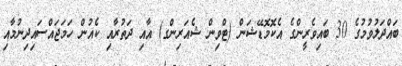
ބައްދަލުވުމުގެ 30 ބައިވެރީންގެ އެކޮމޮޑޭޝަން (ޓްވިން ޝެއަރިންގ) އާއި ދަތުރާއި ކެއުން ހަމަޖައްސައިދިނުމާއި